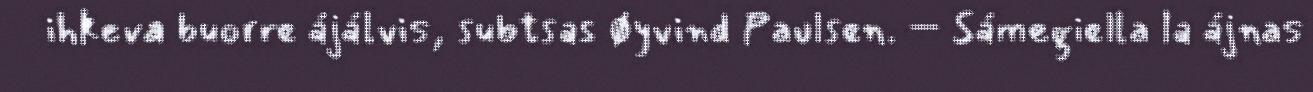
ihkeva buorre ájálvis, subtsas Øyvind Paulsen. – Sámegiella la ájnas